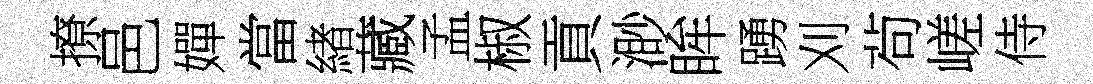
撩邑嬋當緖藏孟椒貢渺眸踴刈茍嵯侍